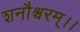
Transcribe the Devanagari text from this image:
शनौश्चरम्।।